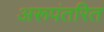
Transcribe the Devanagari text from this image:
अरूपंतरित